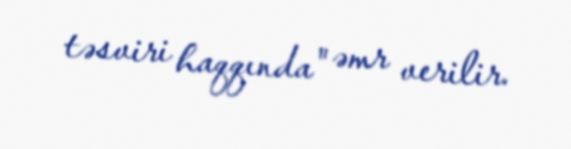
təsviri haqqında" əmr verilir.